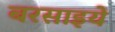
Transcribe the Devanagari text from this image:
बरसाइये